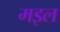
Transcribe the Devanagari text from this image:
मइल